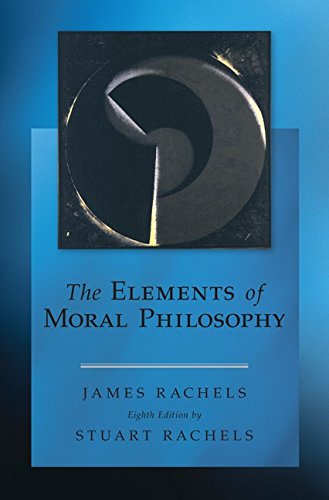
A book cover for The Elements of Moral Philosophy; James Rachels; Politics & Social Sciences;